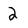
Character: 2